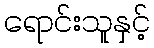
ရောင်းသူနှင့်